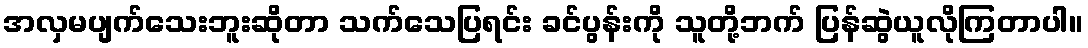
အလှမပျက်သေးဘူးဆိုတာ သက်သေပြရင်း ခင်ပွန်းကို သူတို့ဘက် ပြန်ဆွဲယူလိုကြတာပါ။